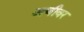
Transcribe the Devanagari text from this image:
अचीवर